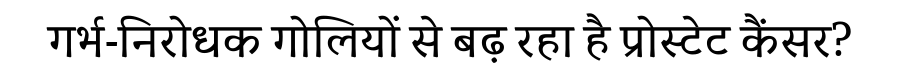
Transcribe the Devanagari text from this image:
गर्भ-निरोधक गोलियों से बढ़ रहा है प्रोस्टेट कैंसर?